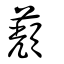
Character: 蘈